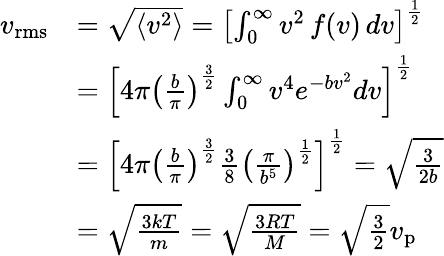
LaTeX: {\begin{array}{rl}{v_{\mathrm{rms}}}&{={\sqrt{\langle v^{2}\rangle}}=\left[\int_{0}^{\infty}v^{2}\, f(v)\, dv\right]^{\frac{1}{2}}}\\ &{=\left[4\pi\left({\frac{b}{\pi}}\right)^{\frac{3}{2}}\int_{0}^{\infty}v^{4}e^{-bv^{2}}dv\right]^{\frac{1}{2}}}\\ &{=\left[4\pi\left({\frac{b}{\pi}}\right)^{\frac{3}{2}}{\frac{3}{8}}\left({\frac{\pi}{b^{5}}}\right)^{\frac{1}{2}}\right]^{\frac{1}{2}}={\sqrt{\frac{3}{2b}}}}\\ &{={\sqrt{\frac{3kT}{m}}}={\sqrt{\frac{3RT}{M}}}={\sqrt{\frac{3}{2}}}v_{\mathrm{p}}}\end{array}}